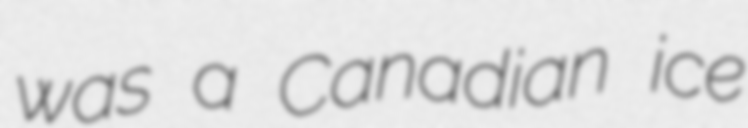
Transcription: was a Canadian ice